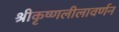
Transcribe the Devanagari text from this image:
श्रीकृष्णलीलावर्णन